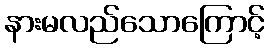
နားမလည်သောကြောင့်